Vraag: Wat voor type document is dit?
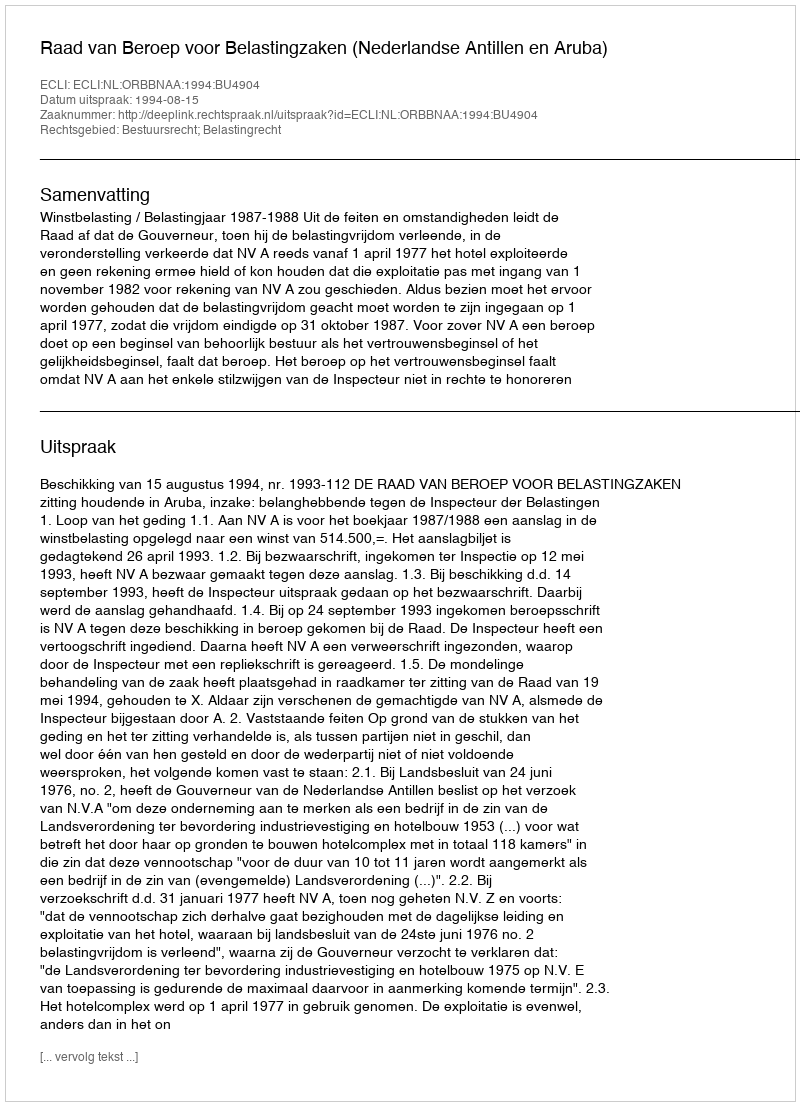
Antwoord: Uitspraak